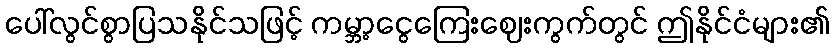
ပေါ်လွင်စွာပြသနိုင်သဖြင့် ကမ္ဘာ့ငွေကြေးဈေးကွက်တွင် ဤနိုင်ငံများ၏